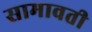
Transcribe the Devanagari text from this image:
सामावती